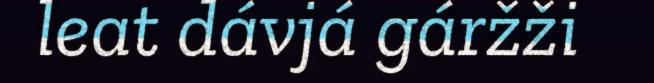
leat dávjá gáržži